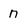
Character: n